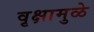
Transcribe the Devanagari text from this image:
वृक्षामुळे